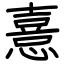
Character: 憙